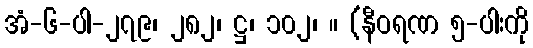
အံ-၆-ပါ-၂၇၉၊ ၂၈၂၊ ဋ္ဌ၊ ၁၀၂၊ ။ (နီဝရဏ ၅-ပါးကို